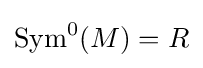
{\text{Sym}}^{0}(M)=R